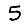
Digit: 5